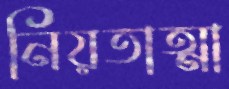
নিয়তাত্মা